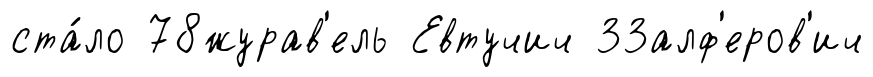
ста́ло 78журав'ель Евтучич 33алф'еров'ич